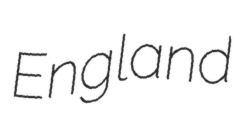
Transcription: England